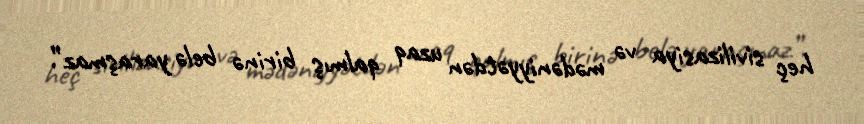
heç sivilizasiya və mədəniyyətdən uzaq qalmış birinə belə yaraşmaz”.